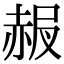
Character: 𧹠